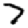
Digit: 7